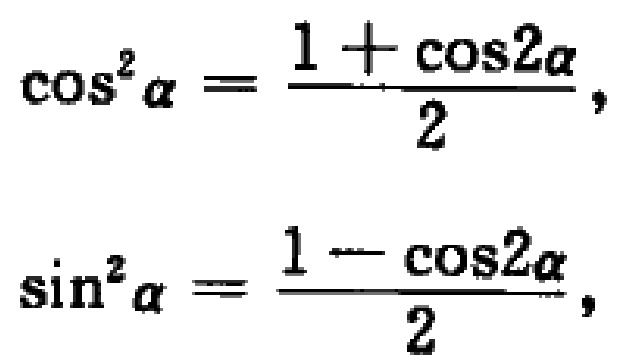
\(\cos^{2}\alpha=\frac{1 + \cos2\alpha}{2},\)

\(\sin^{2}\alpha=\frac{1 - \cos2\alpha}{2},\)